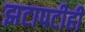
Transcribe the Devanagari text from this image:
झटापटीही